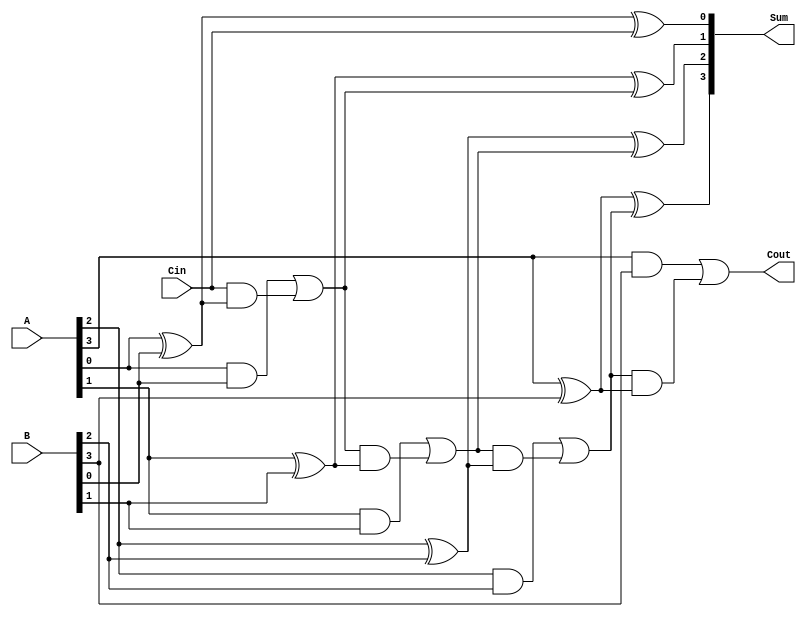
module ParallelFullAdder #(parameter n = 4) (
    input  [n-1:0] A,     // First n-bit binary number
    input  [n-1:0] B,     // Second n-bit binary number
    input         Cin,     // Carry input
    output [n-1:0] Sum,    // n-bit binary sum output
    output        Cout      // Carry output
);

    wire [n:0] C; // Carry output for each full adder (C[n] is the final carry out)

    assign C[0] = Cin; // Initial carry input for the LSB

    // Generate n full adders
    genvar i;
    generate
        for (i = 0; i < n; i = i + 1) begin : full_adder
            // Sum calculation for each bit
            assign Sum[i] = A[i] ^ B[i] ^ C[i]; // A[i] XOR B[i] XOR carry-in
            // Carry calculation for each bit
            assign C[i + 1] = (A[i] & B[i]) | (C[i] & (A[i] ^ B[i])); // Carry out logic
        end
    endgenerate

    assign Cout = C[n]; // Final carry output from the MSB

endmodule